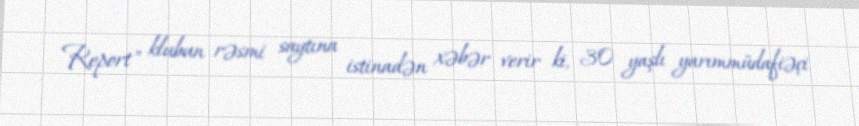
Report" klubun rəsmi saytına istinadən xəbər verir ki, 30 yaşlı yarımmüdafiəçi